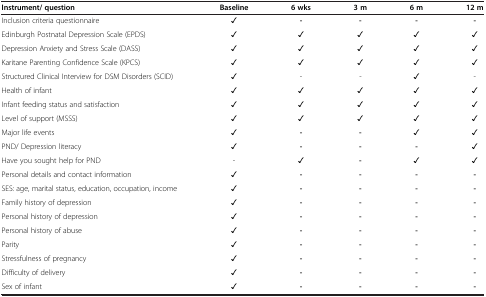
<table><thead><tr><td><b>Instrument/ question</b></td><td><b>Baseline</b></td><td><b>6 wks</b></td><td><b>3 m</b></td><td><b>6 m</b></td><td><b>12 m</b></td></tr></thead><tbody><tr><td>Inclusion criteria questionnaire</td><td>✓</td><td><b>-</b></td><td><b>-</b></td><td><b>-</b></td><td><b>-</b></td></tr><tr><td>Edinburgh Postnatal Depression Scale (EPDS)</td><td>✓</td><td>✓</td><td>✓</td><td>✓</td><td>✓</td></tr><tr><td>Depression Anxiety and Stress Scale (DASS)</td><td>✓</td><td>✓</td><td>✓</td><td>✓</td><td>✓</td></tr><tr><td>Karitane Parenting Confidence Scale (KPCS)</td><td>✓</td><td>✓</td><td>✓</td><td>✓</td><td>✓</td></tr><tr><td>Structured Clinical Interview for DSM Disorders (SCID)</td><td>✓</td><td>-</td><td>-</td><td>✓</td><td>-</td></tr><tr><td>Health of infant</td><td>✓</td><td>✓</td><td>✓</td><td>✓</td><td>✓</td></tr><tr><td>Infant feeding status and satisfaction</td><td>✓</td><td>✓</td><td>✓</td><td>✓</td><td>✓</td></tr><tr><td>Level of support (MSSS)</td><td>✓</td><td>✓</td><td>✓</td><td>✓</td><td>✓</td></tr><tr><td>Major life events</td><td>✓</td><td><b>-</b></td><td><b>-</b></td><td>✓</td><td>✓</td></tr><tr><td>PND/ Depression literacy</td><td>✓</td><td><b>-</b></td><td><b>-</b></td><td><b>-</b></td><td>✓</td></tr><tr><td>Have you sought help for PND</td><td>-</td><td>✓</td><td><b>-</b></td><td>✓</td><td>✓</td></tr><tr><td>Personal details and contact information</td><td>✓</td><td><b>-</b></td><td><b>-</b></td><td><b>-</b></td><td><b>-</b></td></tr><tr><td>SES: age, marital status, education, occupation, income</td><td>✓</td><td><b>-</b></td><td><b>-</b></td><td><b>-</b></td><td><b>-</b></td></tr><tr><td>Family history of depression</td><td>✓</td><td><b>-</b></td><td><b>-</b></td><td><b>-</b></td><td><b>-</b></td></tr><tr><td>Personal history of depression</td><td>✓</td><td><b>-</b></td><td><b>-</b></td><td><b>-</b></td><td><b>-</b></td></tr><tr><td>Personal history of abuse</td><td>✓</td><td><b>-</b></td><td><b>-</b></td><td><b>-</b></td><td><b>-</b></td></tr><tr><td>Parity</td><td>✓</td><td><b>-</b></td><td><b>-</b></td><td><b>-</b></td><td><b>-</b></td></tr><tr><td>Stressfulness of pregnancy</td><td>✓</td><td><b>-</b></td><td><b>-</b></td><td><b>-</b></td><td><b>-</b></td></tr><tr><td>Difficulty of delivery</td><td>✓</td><td><b>-</b></td><td><b>-</b></td><td><b>-</b></td><td><b>-</b></td></tr><tr><td>Sex of infant</td><td>✓</td><td><b>-</b></td><td><b>-</b></td><td><b>-</b></td><td><b>-</b></td></tr></tbody></table>